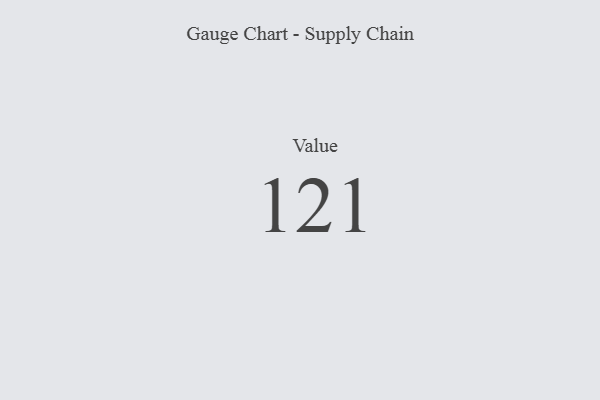
{"axis": {"x": "Metric", "y": "Value"}, "legend": [""], "data": [{"x": "Value", "y": 121, "type": ""}]}